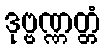
ဒုဗ္ဗဏ္ဏတ္တံ